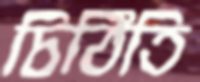
চিঠিতি